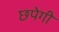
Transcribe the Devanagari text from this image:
छपेगी